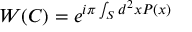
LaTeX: W ( C ) = e ^ { i \pi \int _ { S } d ^ { 2 } x P ( x ) }